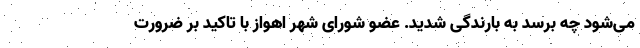
می‌شود چه برسد به بارندگی شدید. عضو شورای شهر اهواز با تاکید بر ضرورت